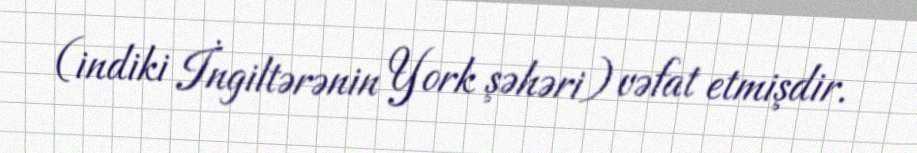
(indiki İngiltərənin York şəhəri) vəfat etmişdir.